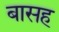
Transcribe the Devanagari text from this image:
बासह